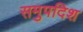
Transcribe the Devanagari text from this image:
समुपदिश